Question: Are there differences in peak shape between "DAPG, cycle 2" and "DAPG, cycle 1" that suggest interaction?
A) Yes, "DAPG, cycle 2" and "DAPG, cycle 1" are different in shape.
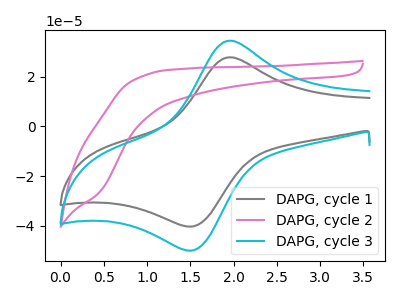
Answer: <think>The gray curve "DAPG, cycle 1" has an anodic peak at (1.95V, 27.85uA) and a cathodic peak at (1.55V, -40.15uA). The pink curve "DAPG, cycle 2" has no peaks. The cyan curve "DAPG, cycle 3" has an anodic peak at (1.95V, 34.50uA) and a cathodic peak at (1.55V, -49.80uA).
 "DAPG, cycle 2" and "DAPG, cycle 1" have a different number of peaks.</think>
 <answer>A) Yes, "DAPG, cycle 2" and "DAPG, cycle 1" are different in shape.</answer>
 <eval>A</eval>